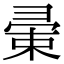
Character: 𢑤